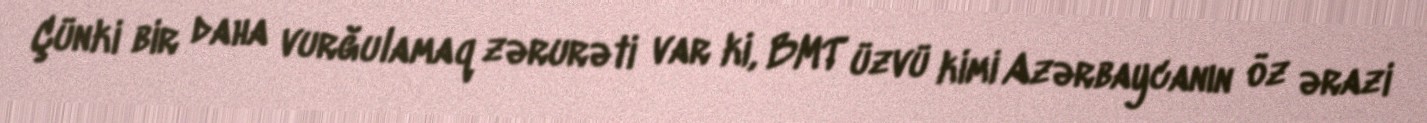
Çünki bir daha vurğulamaq zərurəti var ki, BMT üzvü kimi Azərbaycanın öz ərazi